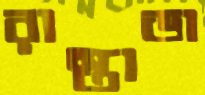
রাস্তাডা